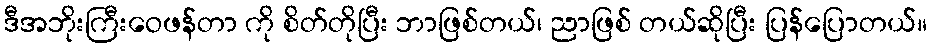
ဒီအဘိုးကြီးဝေဖန်တာ ကို စိတ်တိုပြီး ဘာဖြစ်တယ်၊ ညာဖြစ် တယ်ဆိုပြီး ပြန်ပြောတယ်။